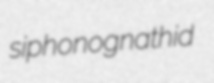
siphonognathid